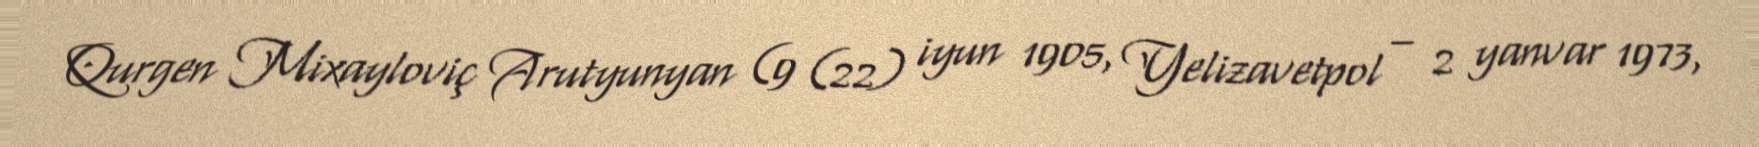
Qurgen Mixayloviç Arutyunyan (9 (22) iyun 1905, Yelizavetpol – 2 yanvar 1973,